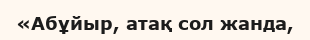
«Абұйыр, атақ сол жанда,